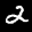
Label: 2